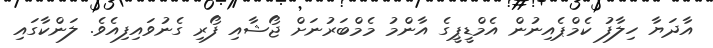
އާދަޔާ ހިލާފު ކެމްޕެއިނުން އެމްޑީޕީގެ އާންމު މެމްބަރުނަށް ޖޯޝާއި ފޯރި ގެނުވައިފިއެވެ. ލަންކާގައި